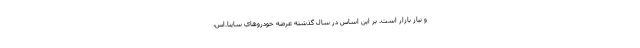
و نياز بازار است. بر اين اساس در سال گذشته عرضه خودروهاي ساینا.اس،